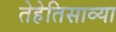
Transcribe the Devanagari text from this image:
तेहेतिसाव्या